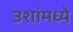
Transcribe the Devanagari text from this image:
उशांमध्ये